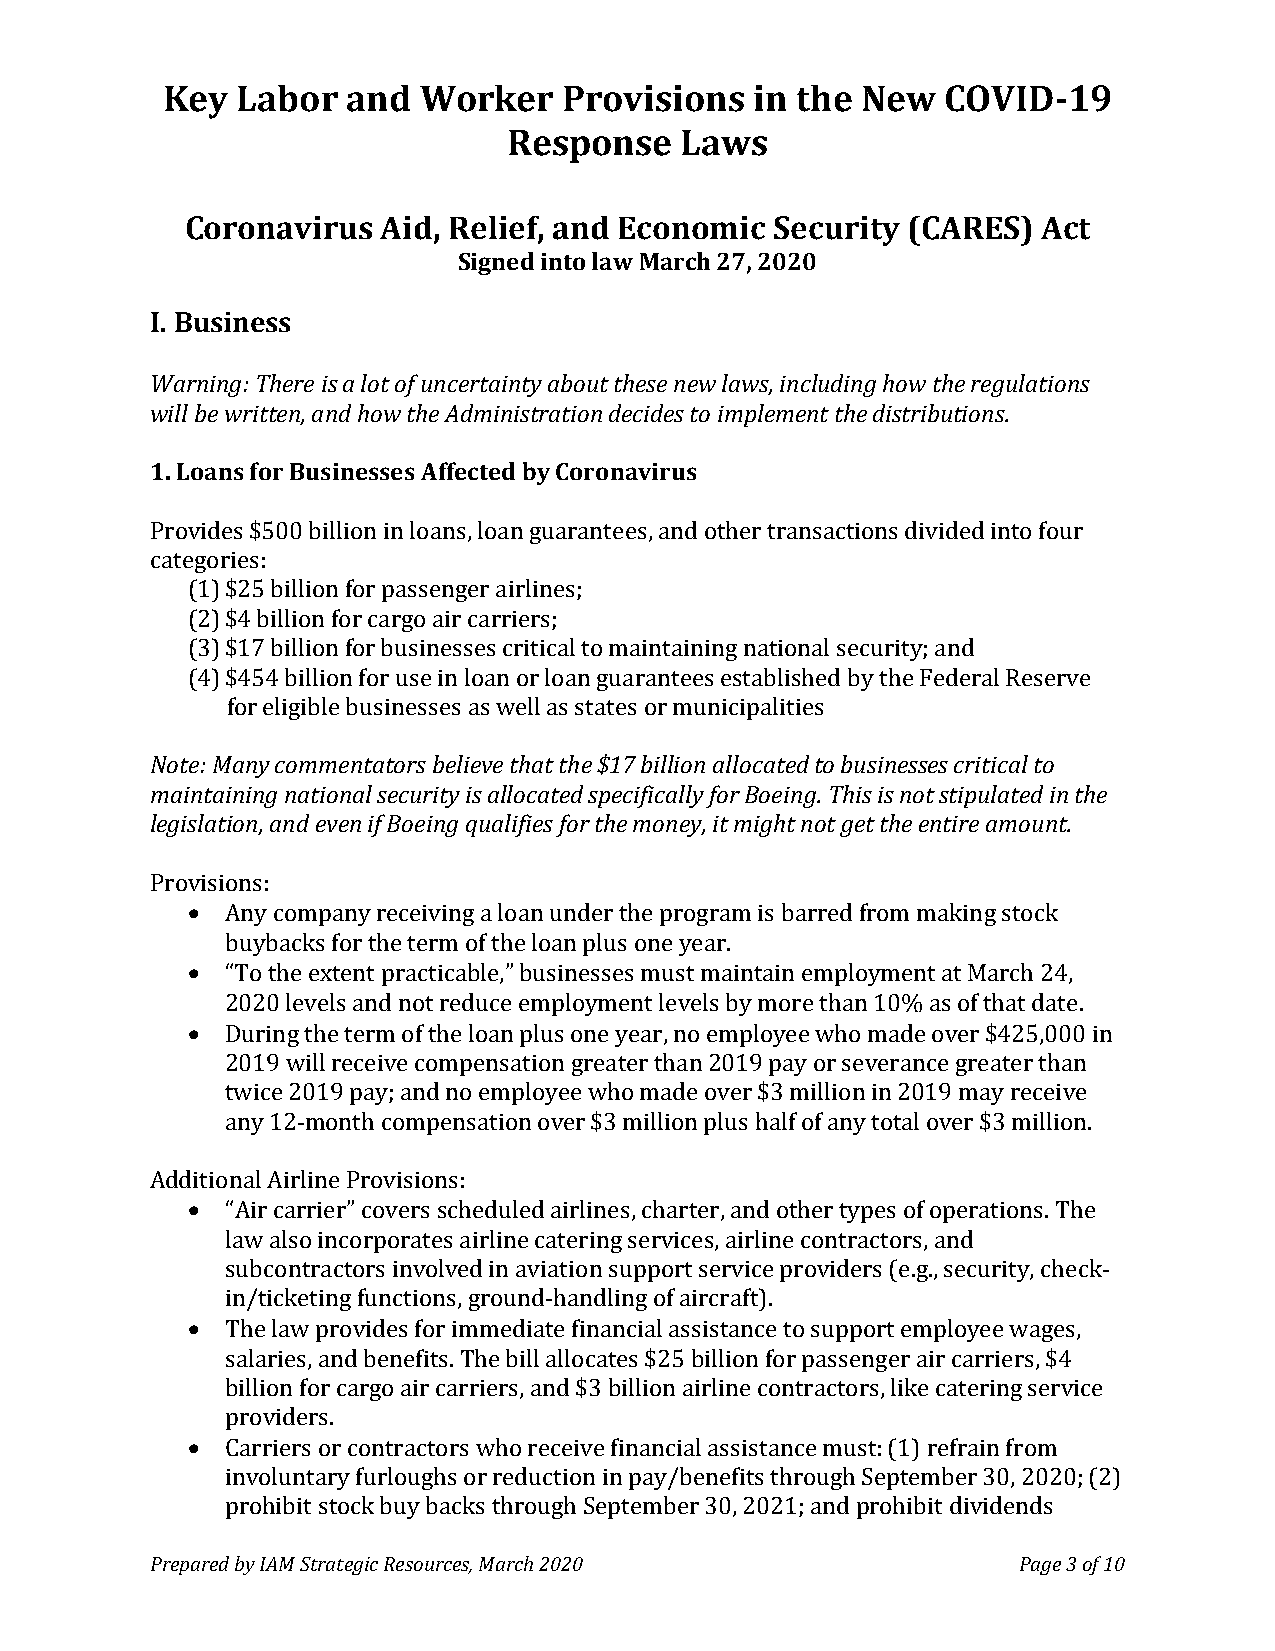
Key  Labor  and  Worker   Provisions   in the New   COVID-19
 Response   Laws
 Coronavirus  Aid, Relief, and Economic Security (CARES)  Act
 Signed into law March 27, 2020
 I. Business
 Warning: There is a lot of uncertainty about these new laws, including how the regulations
 will be written, and how the Administration decides to implement the distributions.
 1. Loans for Businesses Affected by Coronavirus
 Provides $500 billion in loans, loan guarantees, and other transactions divided into four
 categories:
 (1) $25 billion for passenger airlines;
 (2) $4 billion for cargo air carriers;
 (3) $17 billion for businesses critical to maintaining national security; and
 (4) $454 billion for use in loan or loan guarantees established by the Federal Reserve
 for eligible businesses as well as states or municipalities
 Note: Many commentators believe that the $17 billion allocated to businesses critical to
 maintaining national security is allocated specifically for Boeing. This is not stipulated in the
 legislation, and even if Boeing qualifies for the money, it might not get the entire amount.
 Provisions:
   Any company receiving a loan under the program is barred from making stock
 buybacks for the term of the loan plus one year.
   “To the extent practicable,” businesses must maintain employment at March 24,
 2020 levels and not reduce employment levels by more than 10% as of that date.
   During the term of the loan plus one year, no employee who made over $425,000 in
 2019 will receive compensation greater than 2019 pay or severance greater than
 twice 2019 pay; and no employee who made over $3 million in 2019 may receive
 any 12-month compensation over $3 million plus half of any total over $3 million.
 Additional Airline Provisions:
   “Air carrier” covers scheduled airlines, charter, and other types of operations. The
 law also incorporates airline catering services, airline contractors, and
 subcontractors involved in aviation support service providers (e.g., security, check-
 in/ticketing functions, ground-handling of aircraft).
   The law provides for immediate financial assistance to support employee wages,
 salaries, and benefits. The bill allocates $25 billion for passenger air carriers, $4
 billion for cargo air carriers, and $3 billion airline contractors, like catering service
 providers.
   Carriers or contractors who receive financial assistance must: (1) refrain from
 involuntary furloughs or reduction in pay/benefits through September 30, 2020; (2)
 prohibit stock buy backs through September 30, 2021; and prohibit dividends
 Prepared by IAM Strategic Resources, March 2020          Page 3 of 10